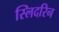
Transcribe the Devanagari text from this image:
स्लिदरिन